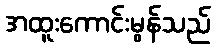
အထူးကောင်းမွန်သည်